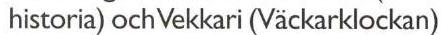
historia) och Vekkari (Väckarklockan)